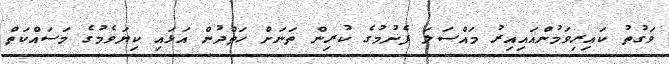
ވަގުތު ކައިރިވަމުންއައިއިރު މައްސަލަ ފެށުމުގެ ކުރިން ތަނަށް ހަތްދުން އަޅައި ކިޔަވެމުގެ މަސައްކަތް